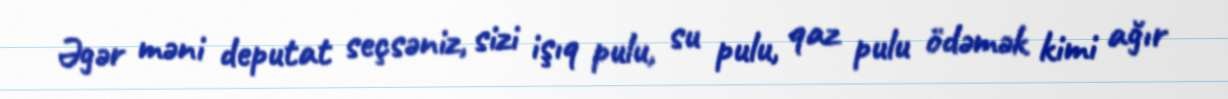
Əgər məni deputat seçsəniz, sizi işıq pulu, su pulu, qaz pulu ödəmək kimi ağır